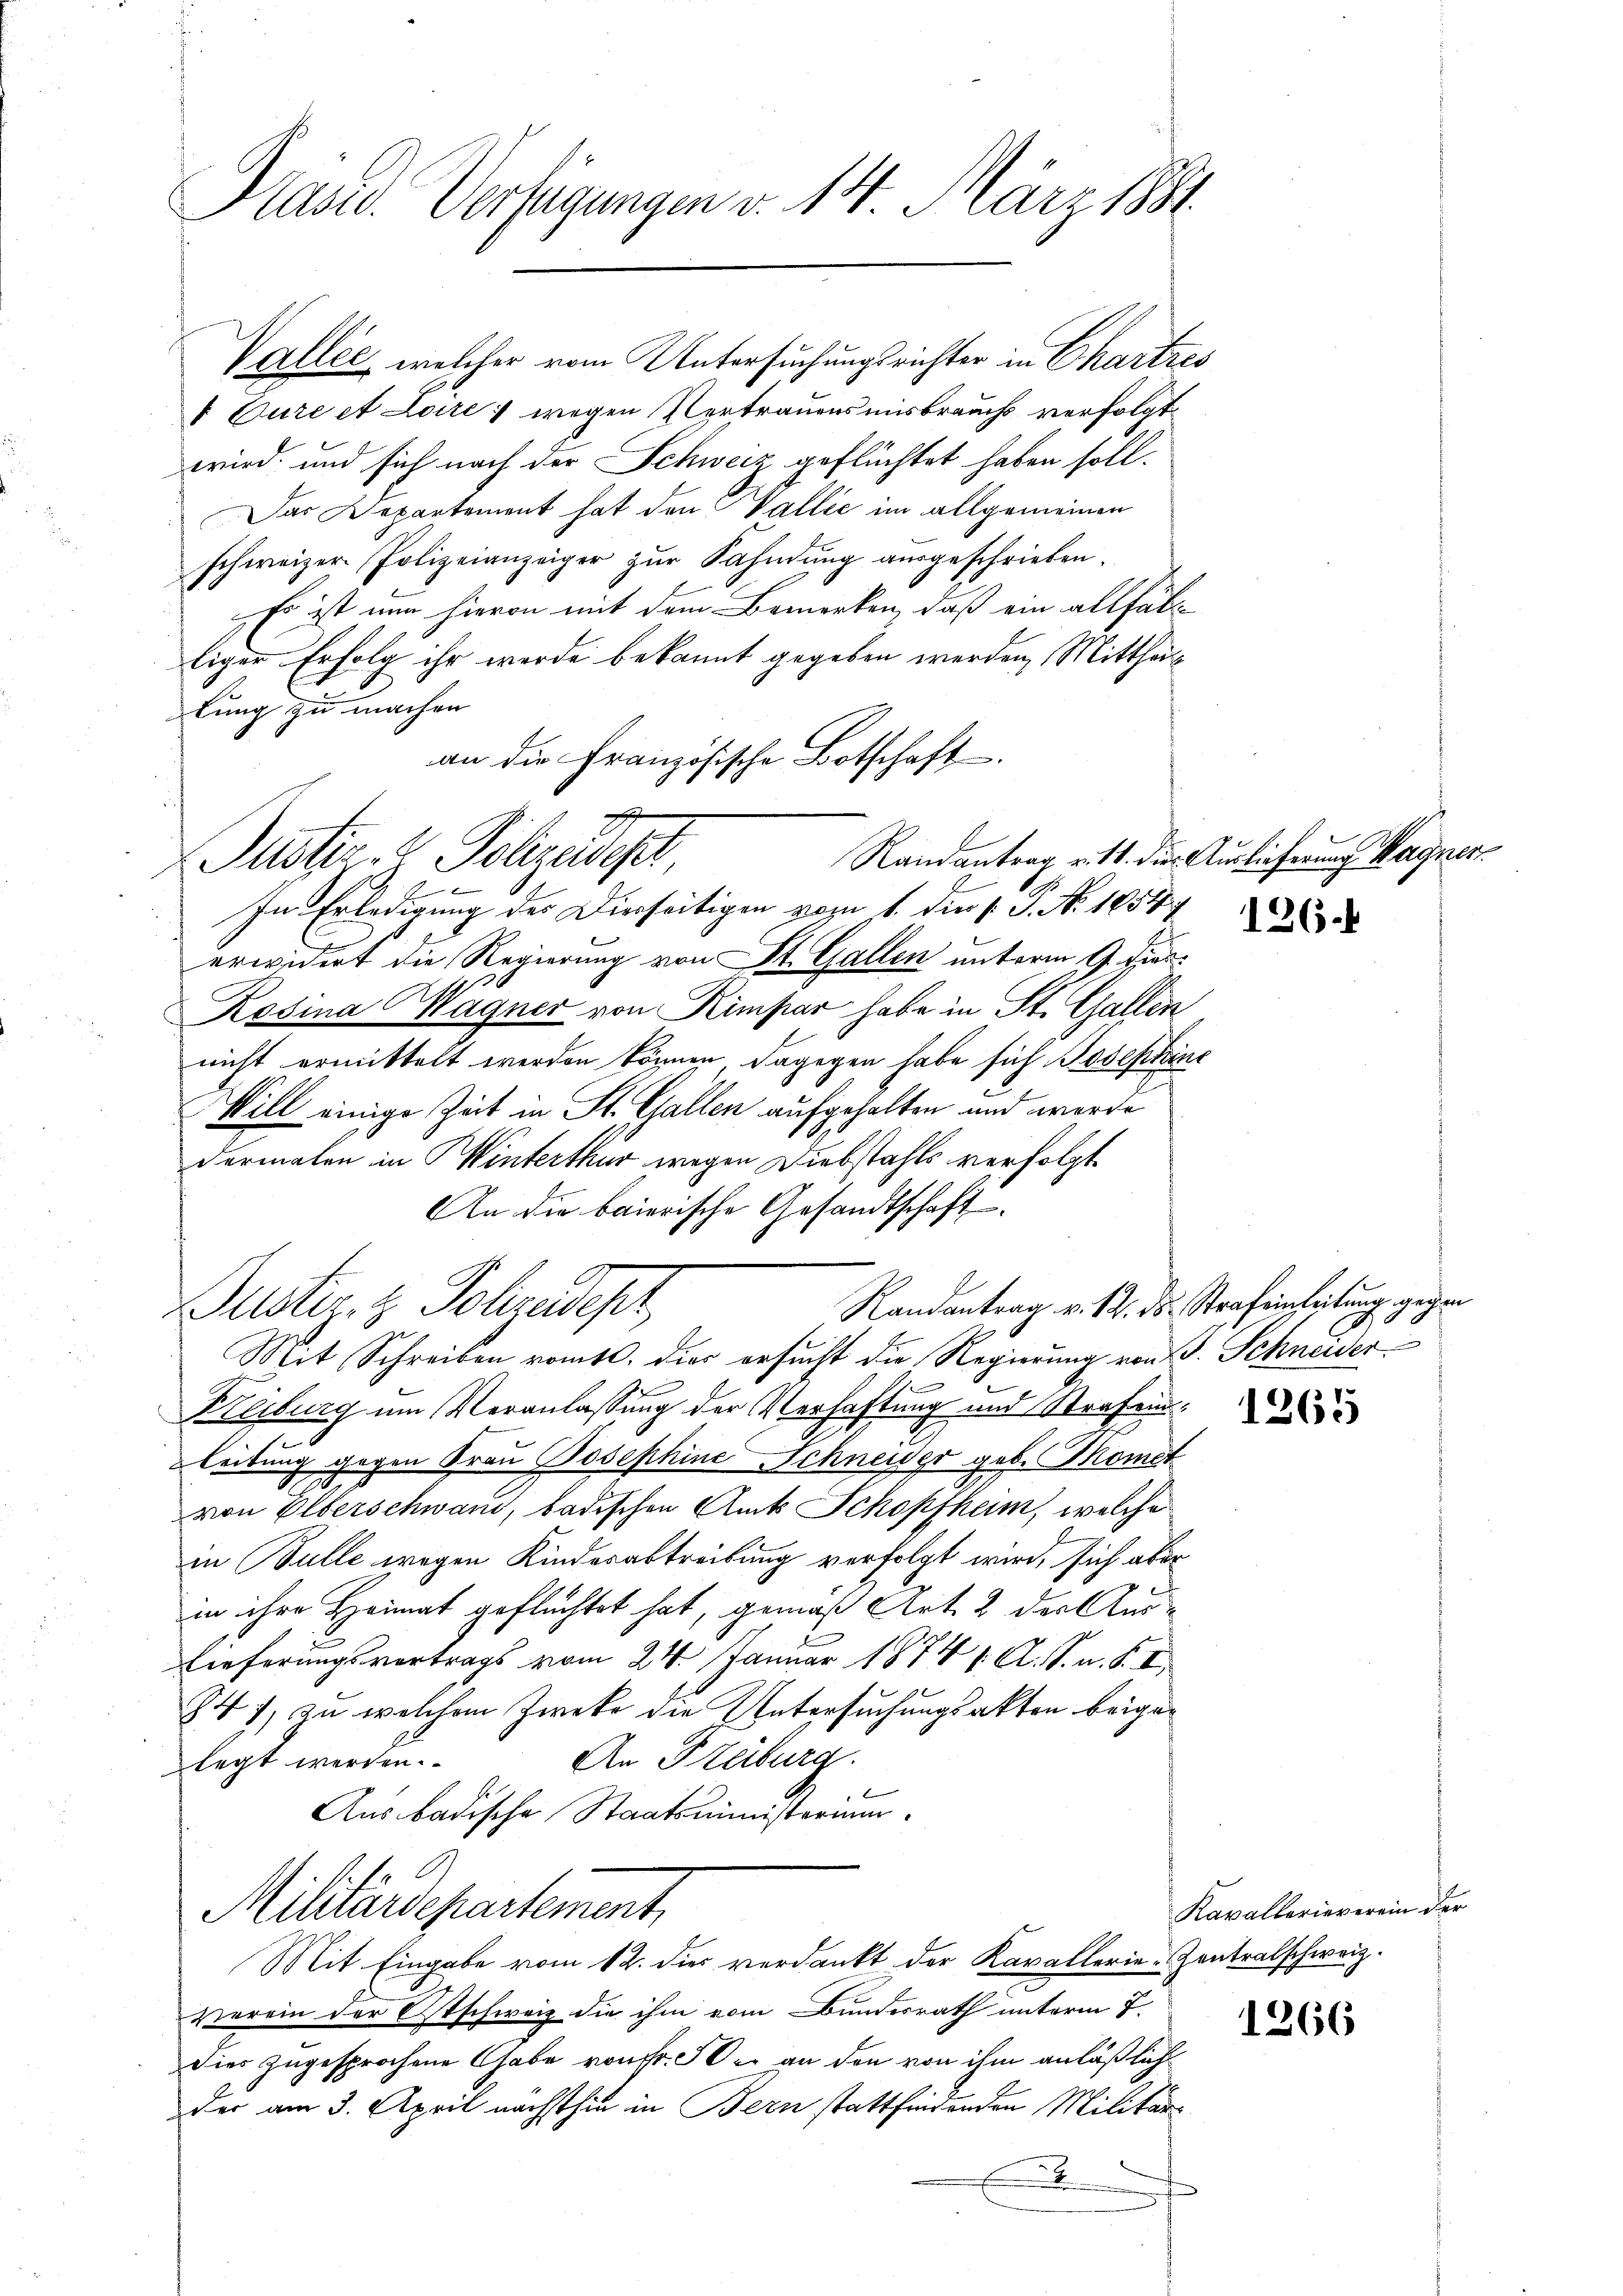
Präsid. Verfügungen v. 14. März 1881

Valler, welcher vom Untersuchungsrichter in Chartres
I Cure et Loire ; wegen Vertrauensmisbrauchs verfolgt
wird, und sich nach der Schweiz geflüchtet haben soll.
Das Departement hat den Wallić im allgemeinen
schweizer Polizeianzeiger zur Sahndung ausgeschrieben.
Es ist nun hievon mit dem Bemerken, daß ein allfäll
liger Erfolg ihr werde bekannt gegeben werden, Mittheils
lung zu machen
an die Französische Botschaft.

Randantrag v. 11. der Auslieferung Wagner
.
b
In Erledigung des Dierseitigen vom 1. die P. N. 1854
erwidert die Regierung von St. Gallen unterm 9. dies
Rosina Wagner von Kimpar habe in St. Gallen
nicht ermittelt werden können, dagegen habe sich Josephine
Will einige Zeit in St. Gallen aufgehalten und werde
dermalen in Winterthur wegen Diebstahls verfolgt
An die baierische Gesandtschaft
Buster- & Polzedepr
Mit Schreiben romts. dies ersucht die Regierung von S. Schneider
Freiburg um Veranlassung der Verhaftung und Strafenleitung gegen Frau Josephine Schneiser geb. Momet
von Elterschwand, badischen Amts Schopfheim, welche
in Bulle wegen Kindesabtreibung verfolgt wird, sich aber
in ihre Heimat gefluchtet hat, gemäß Art. 2 der Aus¬
Lieferungsvortrags vom 24. Januar 1874 1. A. S. n. F. I
747, zu welchem Zweke die Untersuchungsakten beige¬
An Freiburg.
legt werden.
Aus badische Staatsministerium
h.
Militärdepartement,
Mit Eingabe vom 12. dies verdankt der Kavallerie-Contralschweiz.
verein der Etschweiz die ihm vom Bundesrath unterm 7.
Dies zugesprochene Gabe von Fr. 50. an den von ihm anläßlich
der am 3. April nächsthin in Bern stattfindenden Militär¬
.

Justiz- & Polizeidisch

126.

Randantrag v. 1. ds. Strafeinleitung gegen

1265

Kavallerieverein der

1266